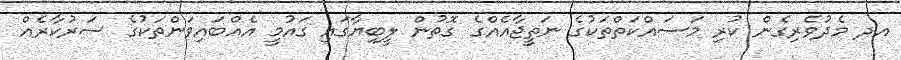
އދ މެދުވެރިގެން ކުރި މަސައްކަތްތަކުގެ ނަތީޖާއެއްގެ ގޮތުން ލީބިޔާގައި ގައުމީ އެއްބައިވަންތަކުގެ ސަރުކާރެއް